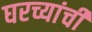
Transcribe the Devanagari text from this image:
घरच्यांची